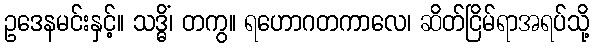
ဥဒေနမင်းနှင့်။ သဒ္ဓိံ၊ တကွ။ ရဟောဂတကာလေ၊ ဆိတ်ငြိမ်ရာအရပ်သို့